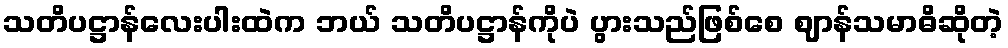
သတိပဋ္ဌာန်လေးပါးထဲက ဘယ် သတိပဋ္ဌာန်ကိုပဲ ပွားသည်ဖြစ်စေ ဈာန်သမာဓိဆိုတဲ့